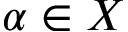
\alpha \in X